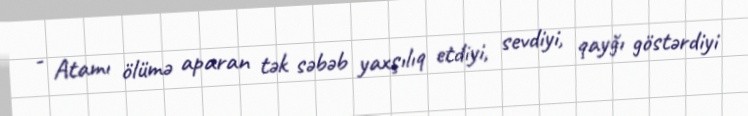
- Atamı ölümə aparan tək səbəb yaxşılıq etdiyi, sevdiyi, qayğı göstərdiyi